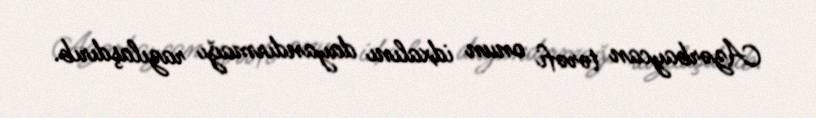
Azərbaycan tərəfi onun idxalını dayandırmağı razılaşdırıb.